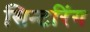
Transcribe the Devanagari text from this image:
सिन्टरिंग